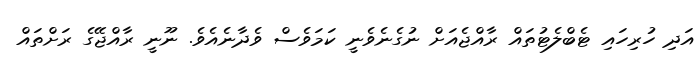
އަދި ހުރިހައި ޓެބްލެޓުތައް ރާއްޖެއަށް ނުގެނެވެނީ ކަމަވެސް ވެދާނެއެވެ. ނޫނީ ރާއްޖޭގެ ރަށްތައް